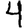
Digit: 4